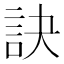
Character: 訣